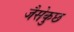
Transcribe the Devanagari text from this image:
जैसेकुछ